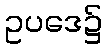
ဥပဒေ၌